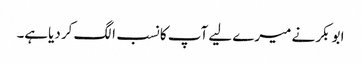
ابو بکر نے میرے لیے آپ کا نسب الگ کر دیاہے۔